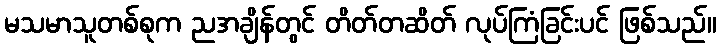
မသမာသူတစ်စုက ညအချိန်တွင် တိတ်တဆိတ် လုပ်ကြံခြင်းပင် ဖြစ်သည်။